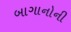
બાગાનોની